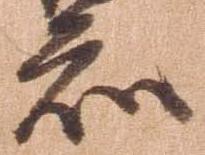
知